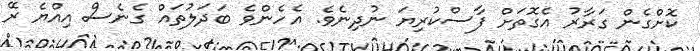
ކޮށްގެން ގަރާރު އެގޮތަށް ފާސްކުރިޔަ ނުދިނެވެ. އެހެެންވެ ބަދަލުތައް ގެނެސް އިއްޔެ ރޭ